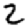
Digit: 2